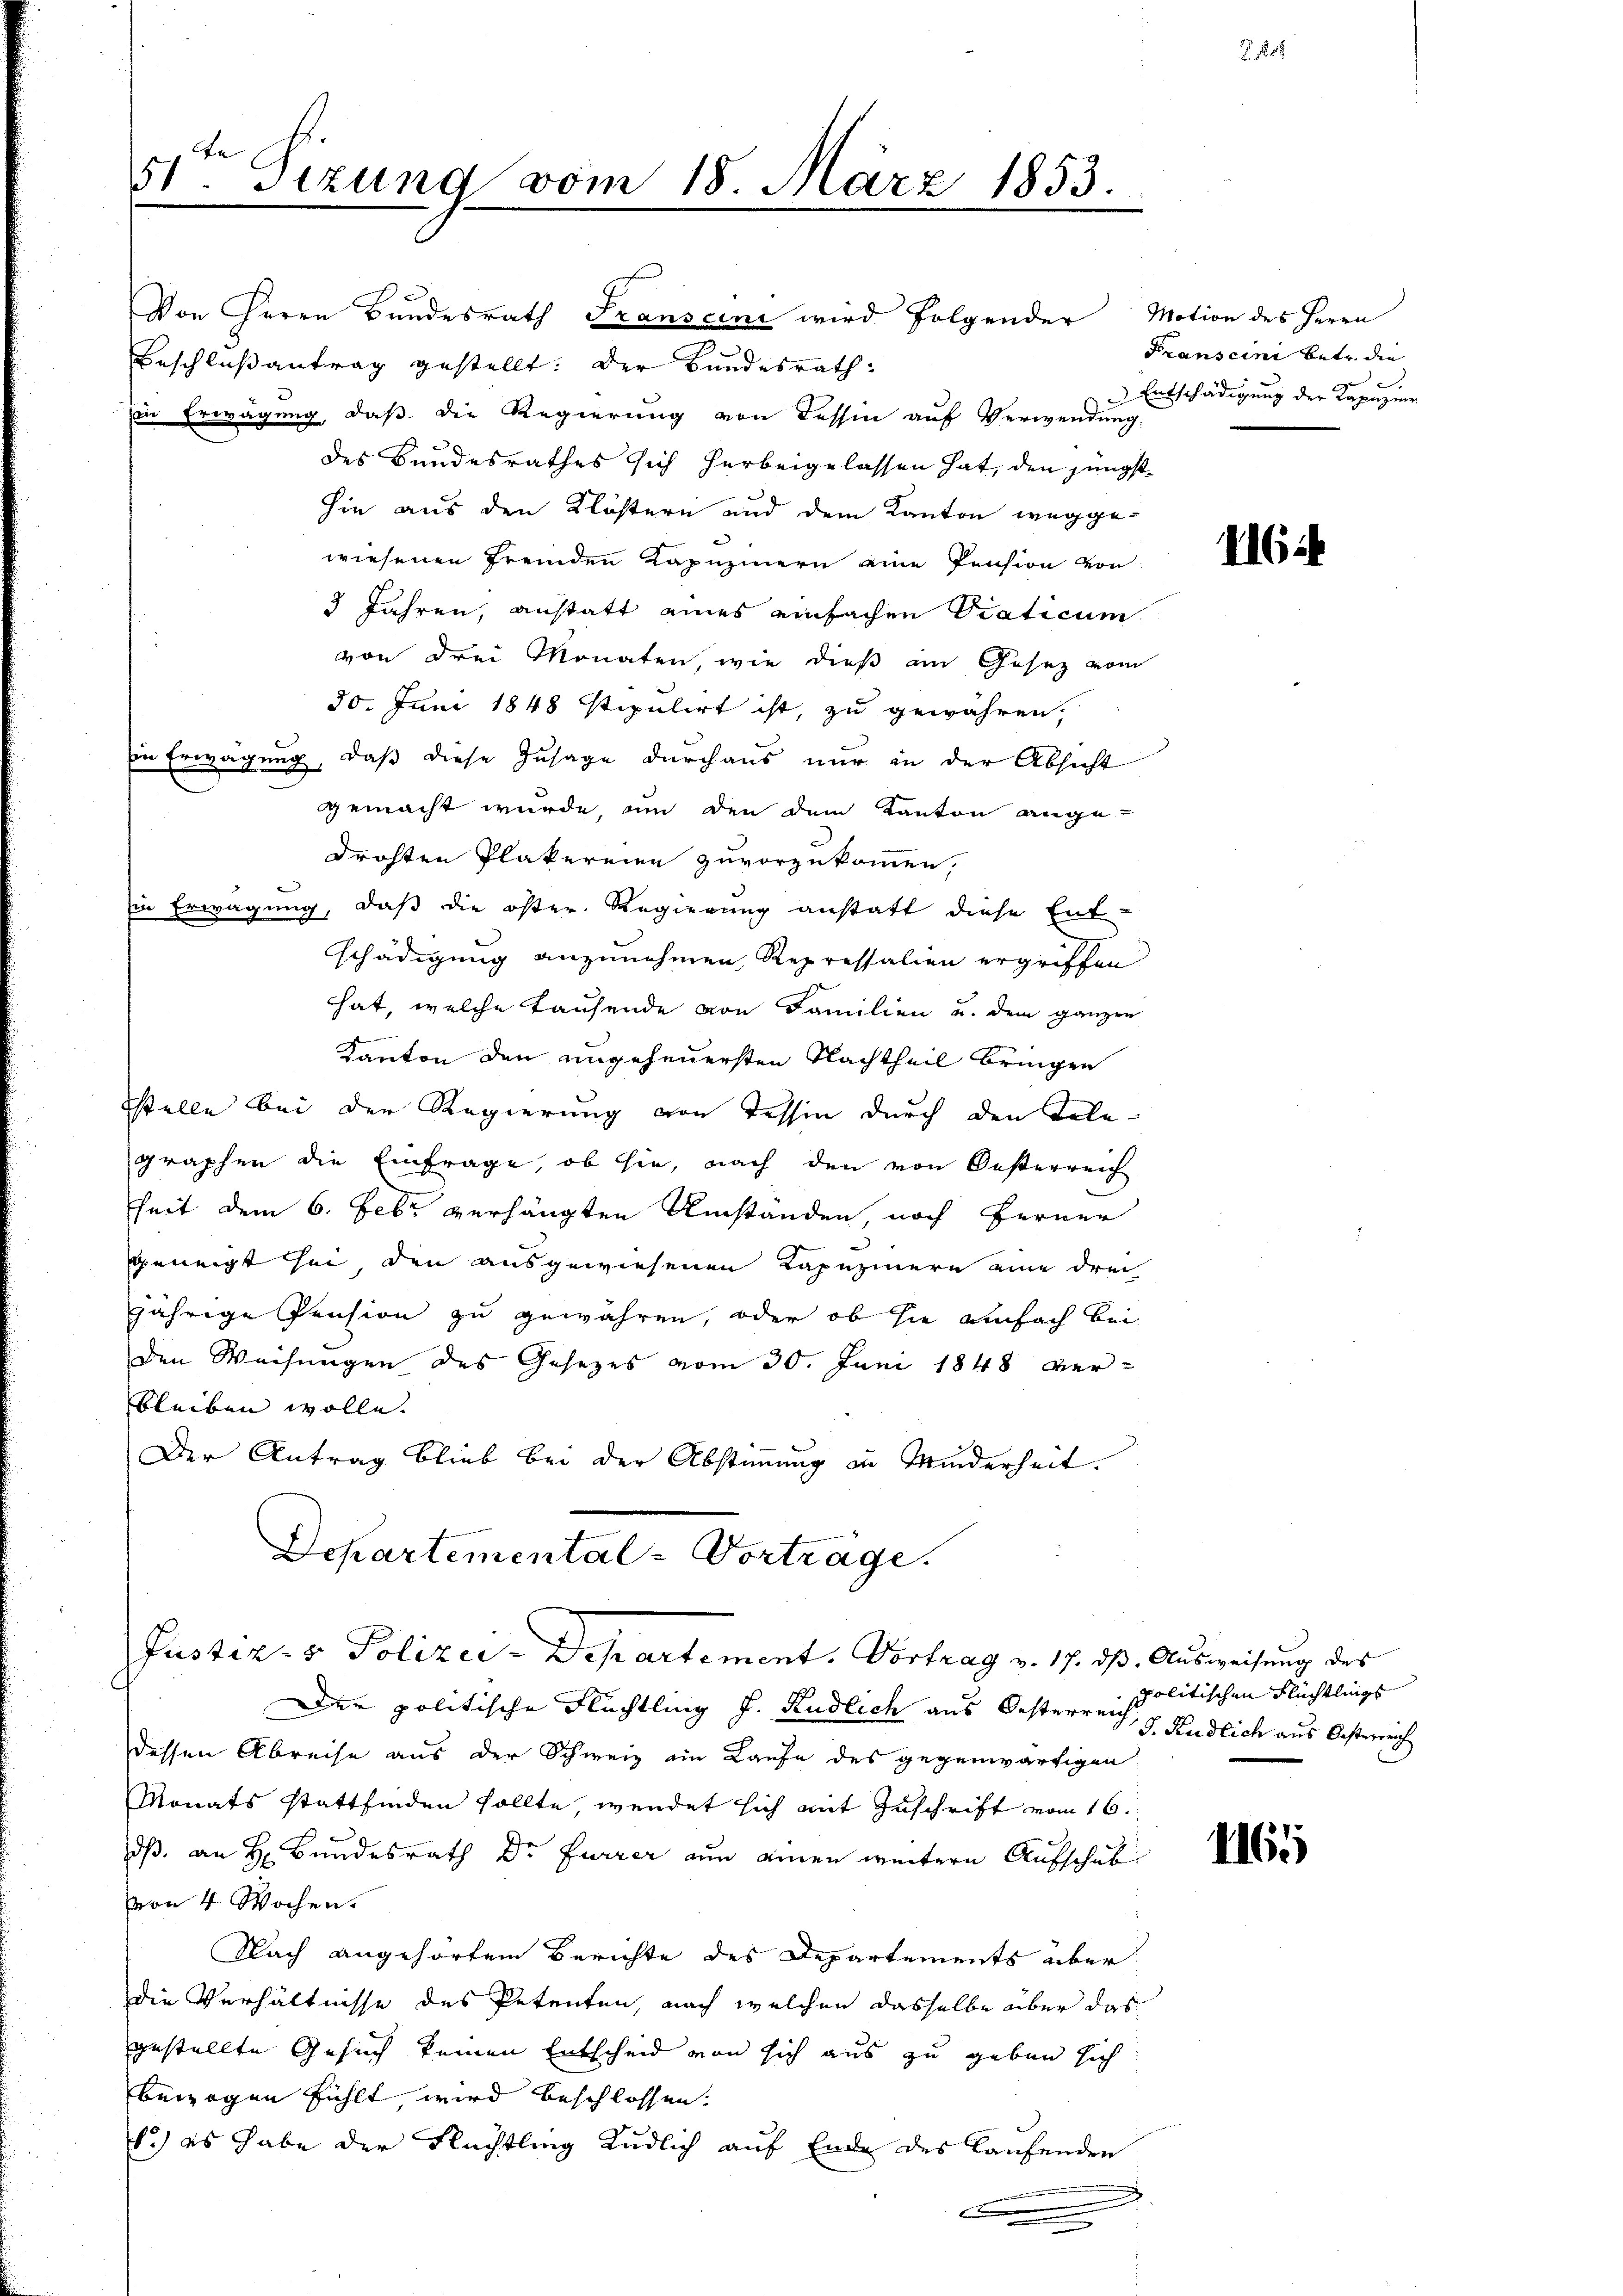
dt. Sizung vom 18. März 1853.

Von Herrn Bundesrath Franscini wird folgender
Beschlußantrag gestellt: Der Bundesrath:
zur Erwägung, daß die Regierung von Tessin auf Verwendung:
des Bundesrathes sich herbeigelassen hat, den jüngst
sie aus den Klöstern und dem Kanton wegge-
wiesenen fremden Kapuzinern eine Pension von
3 Jahren, anstatt eines einfachen Staticum
von drei Monaten, wie dieß am Gesetz vom
30. Juni 1848 stipulirt ist, zu gewähren,
Ein Erwägung, daß diese Zusage durchaus nur in der Absicht
gemacht wurde, um den dem Kanton ange-
drohten Plakereien zuvorzukommen,
Ein Erwägung, daß die öster. Regierung anstatt diese Entschädigung anzunehmen Repressalien ergriffen
hat, welche Tausende von Familien u. dem ganzen
Kanton den ungeheuersten Nachtheil bringen
stelle bei der Regierung von Tessin durch den Telegraphen die Einfrage, ob sie, nach den von Oesterreich
seit dem 6. Febr. verhängten Umständen noch ferner
geneigt sei, den ausgewiesenen Kapuzinern eine drei
jährige Pension zu gewähren, oder ob sie einfach bei
den Weisungen des Gesezes vom 30. Juni 1848 verbleiben wolle.
Der Antrag blieb bei der Abstimmung in Minderheit.
Departemental-Vorträge.

Justiz- & Polizei-Separtement. Vortrag v. 17. dß. Ausweisung des

Der politische Flüchtling J. Rüdlich aus Oesterreis politischen Flüchtlings
dessen Abreise aus der Schweiz im Laufe des gegenwärtigen
Monats stattfinden sollte, wendet sich mit Zuschrift vom 16.
dß. an H. Bundesrath Dr Furrer nun einen weitere Aufschut
von 4 Wochen.
Nach angehörten Berichte des Departements über
die Verhältnisse des Petenten, nach welchen dasselbe über das
gestellte Gesuch keinen Entscheid von sich aus zu geben sich
bewogen fühlt, wird beschlossen.
6.) es habe der Rechtling Rüdlich auf Ende des laufenden

Motion des Herrn
Franscini betr. die
e
Entschädigung der Kapuzier

116 i

J. Kudlich aus Oesterreich

1165